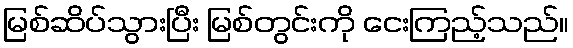
မြစ်ဆိပ်သွားပြီး မြစ်တွင်းကို ငေးကြည့်သည်။